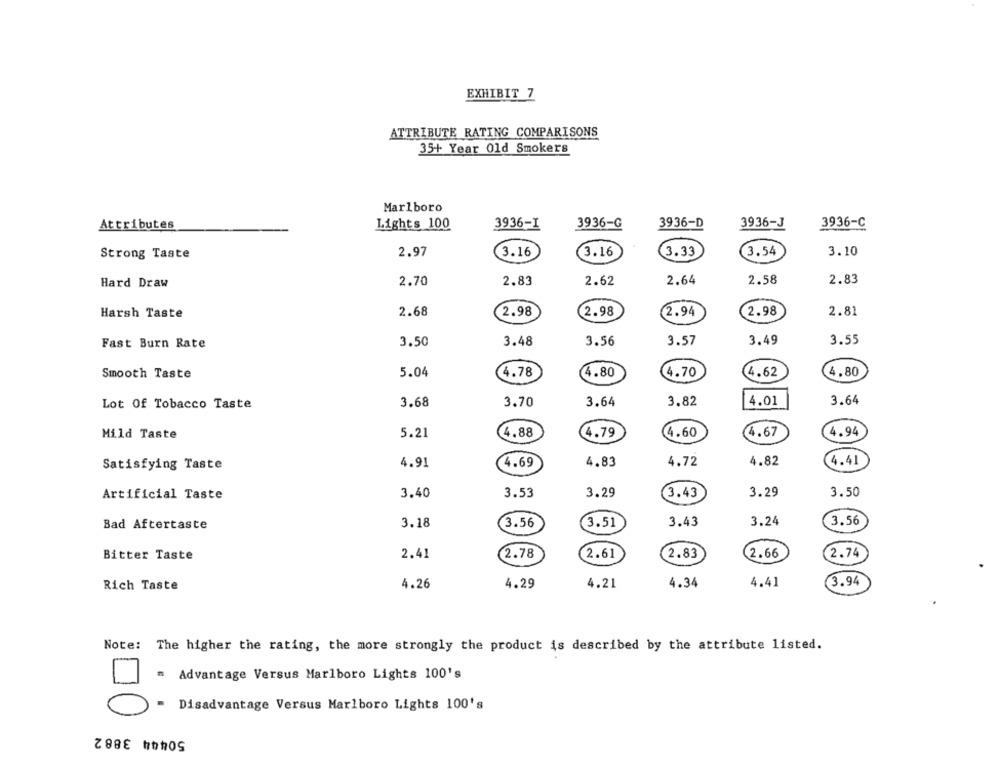
EXHIBIT 7
ATTRIBUTE RATING COMPARISONS
35+ Year Old Smokers
Marlboro
Attributes
Lights 100
3936-1
3936-G
3936-D
3936-J
3936-C
2.97
(3.16
3.33
3.54
3.10
Strong Taste
3.16
Hard Draw
2.70
2.83
2.62
2.64
2.58
2.83
Harsh Taste
2.68
(2.98
2.98
2.94
2.98
2.81
Fast Burn Rate
3.50
3.48
3.56
3.57
3.49
3.55
Smooth Taste
5.04
4.78
4.80
4.70
4.62
4.80
Lot Of Tobacco Taste
3.68
3.70
3.64
3.82
14.01
3.64
Mild Taste
5.21
4.88
4.79
4.60
4.67
4.94
4.72
4.82
Satisfying Taste
4.91
4.69
4.83
4.41
3.50
Artificial Taste
3.40
3.53
3.29
3.43
3.29
3.43
3.24
3.56
Bad Aftertaste
3.18
3.56
3.51
2.41
2.61
2.83
2.66
2.74
Bitter Taste
2.78
4.34
4.41
3.94
Rich Taste
4.26
4.29
4.21
Note: The higher the rating, the more strongly the product is described by the attribute listed.
" Advantage Versus Marlboro Lights 100's
- Disadvantage Versus Marlboro Lights 100's
50444 3882